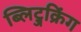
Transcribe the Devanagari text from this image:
ब्लिट्जक्रिंग